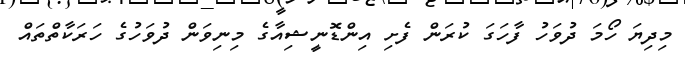
މިދިޔަ ހޯމަ ދުވަހު ފާހަގަ ކުރަން ފެށި އިންޑޮނީޝިއާގެ މިނިވަން ދުވަހުގެ ހަރަކާތްތައް